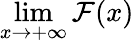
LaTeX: \operatorname*{lim}_{x\to+\infty}{\mathcal{F}(x)}